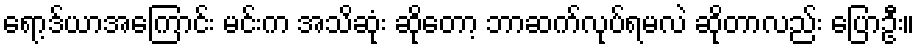
ရော့ဒ်ယာအကြောင်း မင်းက အသိဆုံး ဆိုတော့ ဘာဆက်လုပ်ရမလဲ ဆိုတာလည်း ပြောဦး။